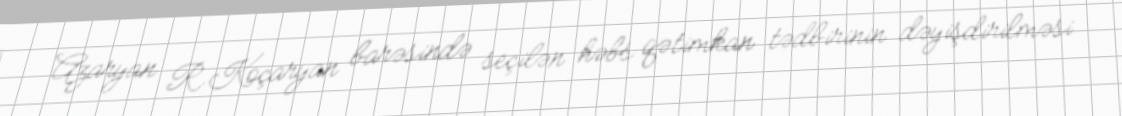
Azaryan R.Koçaryan barəsində seçilən həbs qətimkan tədbirinin dəyişdirilməsi